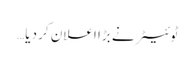
ٹوئیٹر نے بڑا اعلان کر دیا…